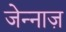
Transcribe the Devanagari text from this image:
जेन्नाज़